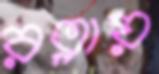
রত্নায়